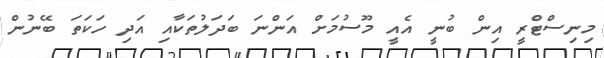
މިނިސްޓްރީ އިން ބުނީ އެއީ މޫސުމަށް އަންނަ ބަދަލުތަކާއި އަދި ހަކަތަ ބޭނުން